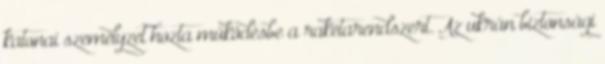
katonai személyzet hozta működésbe a rakétarendszert. Az ukrán biztonsági